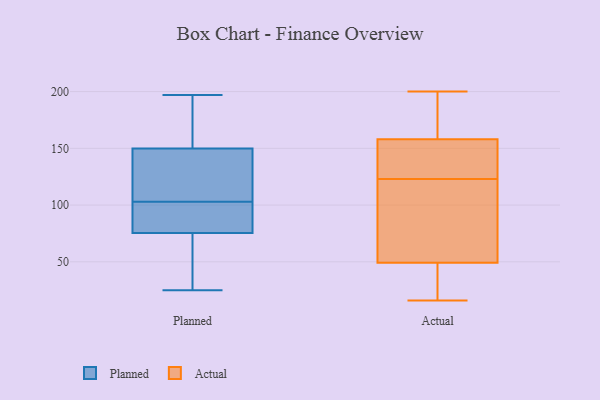
{"axis": {"x": "Waste Production (Tons)", "y": "Value"}, "legend": ["Actual", "Planned"], "data": [{"x": "", "y": 94, "type": "Planned"}, {"x": "", "y": 135, "type": "Planned"}, {"x": "", "y": 98, "type": "Planned"}, {"x": "", "y": 83, "type": "Planned"}, {"x": "", "y": 122, "type": "Planned"}, {"x": "", "y": 103, "type": "Planned"}, {"x": "", "y": 153, "type": "Planned"}, {"x": "", "y": 140, "type": "Planned"}, {"x": "", "y": 95, "type": "Planned"}, {"x": "", "y": 161, "type": "Planned"}, {"x": "", "y": 59, "type": "Planned"}, {"x": "", "y": 30, "type": "Planned"}, {"x": "", "y": 125, "type": "Planned"}, {"x": "", "y": 49, "type": "Planned"}, {"x": "", "y": 157, "type": "Planned"}, {"x": "", "y": 156, "type": "Planned"}, {"x": "", "y": 197, "type": "Planned"}, {"x": "", "y": 25, "type": "Planned"}, {"x": "", "y": 73, "type": "Planned"}, {"x": "", "y": 171, "type": "Actual"}, {"x": "", "y": 162, "type": "Actual"}, {"x": "", "y": 29, "type": "Actual"}, {"x": "", "y": 95, "type": "Actual"}, {"x": "", "y": 49, "type": "Actual"}, {"x": "", "y": 200, "type": "Actual"}, {"x": "", "y": 146, "type": "Actual"}, {"x": "", "y": 64, "type": "Actual"}, {"x": "", "y": 50, "type": "Actual"}, {"x": "", "y": 127, "type": "Actual"}, {"x": "", "y": 35, "type": "Actual"}, {"x": "", "y": 126, "type": "Actual"}, {"x": "", "y": 123, "type": "Actual"}, {"x": "", "y": 16, "type": "Actual"}, {"x": "", "y": 165, "type": "Actual"}]}